Indian journal of veterinary science and animal husbandry - Volume 14,
Year: 1944
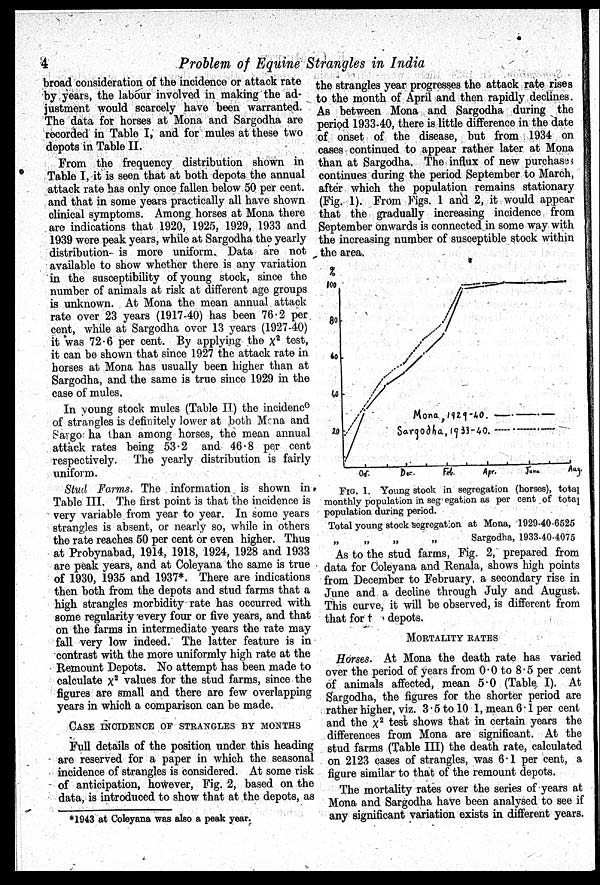
4
Problem of Equine Strangles in India
broad consideration of the incidence or attack rate
by years, the labour involved in making the ad-
justment would scarcely have been warranted.
The data for horses at Mona and Sargodha are
recorded in Table I, and for mules at these two
depots in Table II.
From the frequency distribution shown in
Table I, it is seen that at both depots the annual
attack rate has only once fallen below 50 per cent.
and that in some years practically all have shown
clinical symptoms. Among horses at Mona there
are indications that 1920, 1925, 1929, 1933 and
1939 were peak years, while at Sargodha the yearly
distribution is more uniform. Data are not
available to show whether there is any variation
in the susceptibility of young stock, since the
number of animals at risk at different age groups
is unknown. At Mona the mean annual attack
rate over 23 years (1917-40) has been 76.2 per
cent, while at Sargodha over 13 years (1927-40)
it was 72.6 per cent. By applying the x 2 test,
it can be shown that since 1927 the attack rate in
horses at Mona has usually been higher than at
Sargodha, and the same is true since 1929 in the
case of mules.
In young stock mules (Table II) the incidence
of strangles is definitely lower at both Mona and
Sargosha than among horses, the mean annual
attack rates being 53.2 and 46.8 per cent
respectively. The yearly distribution is fairly
uniform.
Stud Farms. The information is shown in
Table III. The first point is that the incidence is
very variable from year to year. In some years
strangles is absent, or nearly so, while in others
the rate reaches 50 per cent or even higher. Thus
at Probynabad, 1914, 1918, 1924, 1928 and 1933
are peak years, and at Coleyana the same is true
of 1930, 1935 and 1937*. There are indications
then both from the depots and stud farms that a
high strangles morbidity rate has occurred with
some regularity every four or five years, and that
on the farms in intermediate years the rate may
fall very low indeed. The latter feature is in
contrast with the more uniformly high rate at the
Remount Depots. No attempt has been made to
calculate x 2 values for the stud farms, since the
figures are small and there are few overlapping
years in which a comparison can be made.
CASE INCIDENCE OF STRANGLES BY MONTHS
Full details of the position under this heading
are reserved for a paper in which the seasonal
incidence of strangles is considered. At some risk
of anticipation, however, Fig. 2, based on the
data, is introduced to show that at the depots, as
the strangles year progresses the attack rate rises
to the month of April and then rapidly declines.
As between Mona and Sargodha during the
period 1933-40, there is little difference in the date
of onset of the disease, but from 1934 on
cases continued to appear rather later at Mona
than at Sargodha. The influx of new purchases
continues during the period September to March,
after which the population remains stationary
(Fig. 1). From Figs. 1 and 2, it would appear
that the gradually increasing incidence from
September onwards is connected in some way with
the increasing number of susceptible stock within
the area.
FIG. 1. Young stock in segregation (horses), total
monthly population in seg egation as per cent of total
population during period.
Total young stock segregation at Mona, 1929-40-6525
„
„
„
„
Sargodha, 1933-40-4075
As to the stud farms, Fig. 2, prepared from
data for Coleyana and Renala, shows high points
from December to February, a secondary rise in
June and a decline through July and August.
This curve, it will be observed, is different from
that for two depots.
MORTALITY RATES
Horses. At Mona the death rate has varied
over the period of years from 0.0 to 8.5 per cent
of animals affected, mean 5.0 (Table I). At
Sargodha, the figures for the shorter period are
rather higher, viz. 3.5 to 10.1, mean 6.1 per cent
and the x 2 test shows that in certain years the
differences from Mona are significant. At the
stud farms (Table III) the death rate, calculated
on 2123 cases of strangles, was 6.1 per cent, a
figure similar to that of the remount depots.
The mortality rates over the series of years at
Mona and Sargodha have been analysed to see if
any significant variation exists in different years.
* 1943 at Coleyana was also a peak year.